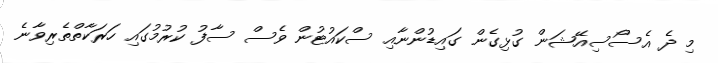
މި ދެ އެސޯސިއޭޝަން ގުޅިގެން ގައިޑުންނާއި ސްކައުޓުން ވެސް ސާފު ކުރުމުގައި ހަރަކާތްތެރިވާނެ